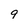
Character: 9